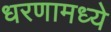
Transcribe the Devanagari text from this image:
धरणामध्ये